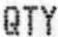
QTY